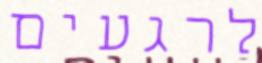
לרגעים